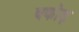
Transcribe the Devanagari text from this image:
वकोड़